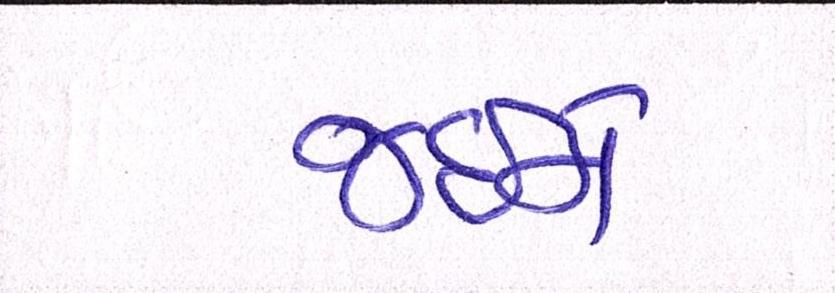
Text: જઈને